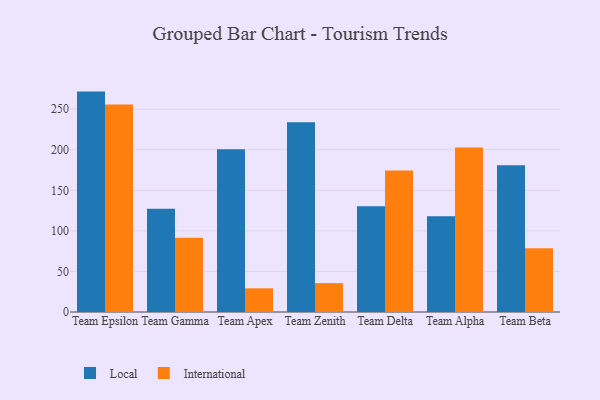
{"axis": {"x": "Team", "y": "Bounce Rate (%)"}, "legend": ["International", "Local"], "data": [{"x": "Team Epsilon", "y": 271.7, "type": "Local"}, {"x": "Team Epsilon", "y": 255.9, "type": "International"}, {"x": "Team Gamma", "y": 127.2, "type": "Local"}, {"x": "Team Gamma", "y": 91.6, "type": "International"}, {"x": "Team Apex", "y": 200.5, "type": "Local"}, {"x": "Team Apex", "y": 29.2, "type": "International"}, {"x": "Team Zenith", "y": 233.8, "type": "Local"}, {"x": "Team Zenith", "y": 35.6, "type": "International"}, {"x": "Team Delta", "y": 130.5, "type": "Local"}, {"x": "Team Delta", "y": 174.3, "type": "International"}, {"x": "Team Alpha", "y": 118.1, "type": "Local"}, {"x": "Team Alpha", "y": 202.7, "type": "International"}, {"x": "Team Beta", "y": 180.8, "type": "Local"}, {"x": "Team Beta", "y": 78.5, "type": "International"}]}